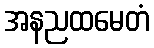
အနညထမေတံ